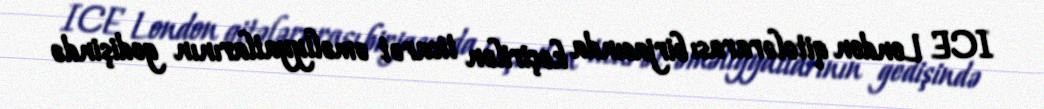
ICE London qitələrarası birjasında keçirilən ticarət əməliyyatlarının gedişində